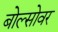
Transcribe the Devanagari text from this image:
बोल्सोवर